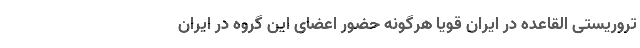
تروریستی القاعده در ایران قویا هرگونه حضور اعضای این گروه در ایران